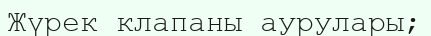
Жүрек клапаны аурулары;